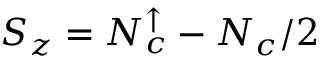
\ensuremath { S _ { z } } = \ensuremath { N _ { c } ^ { \uparrow } } - N _ { c } / 2